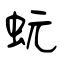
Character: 蚖